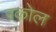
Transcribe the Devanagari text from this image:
रकोल